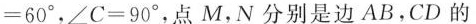
$$= 6 0°$$，$$∠ C = 9 0°$$，点 M，N分别是边AB，CD的